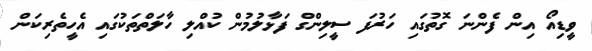
ވީޑިއޯ އިން ފެންނަ ގޮތުގައި ހަރުފަ ސީލިންގް ފަޅާލުމުން ކުއްލި ހާލަތްތަކުގައި އެހީތެރިކަން